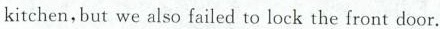
kitchen，but we also failed to lock the front door.